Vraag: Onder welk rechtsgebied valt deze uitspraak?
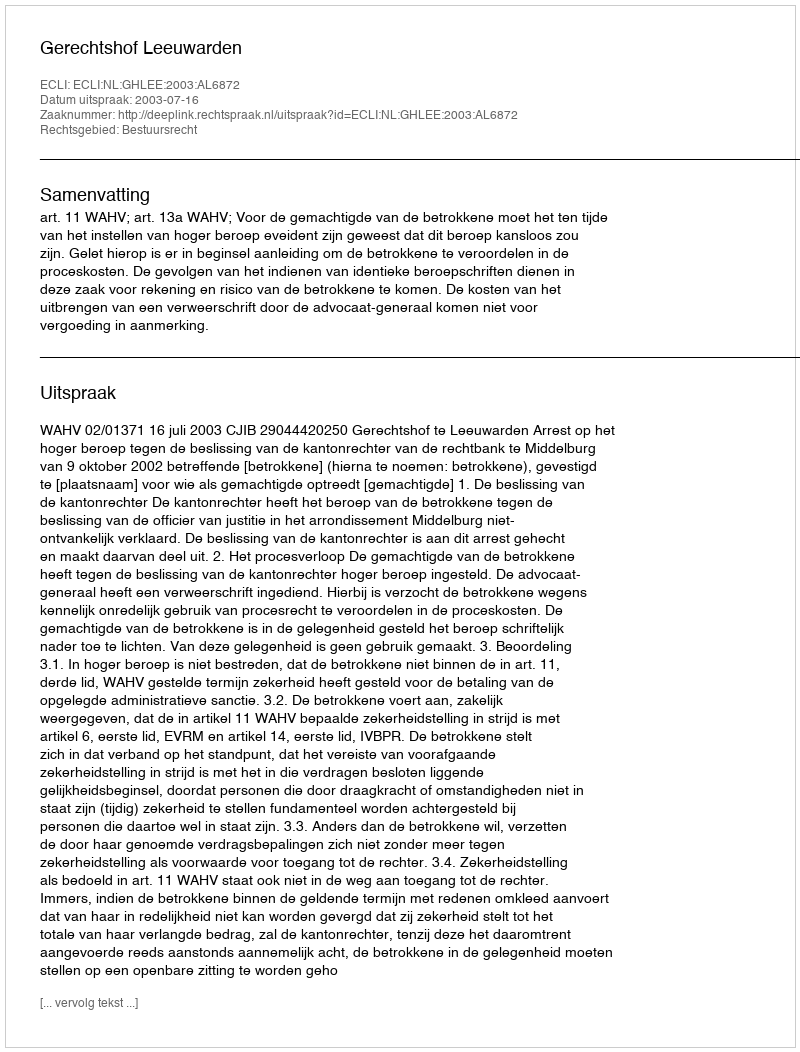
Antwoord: Bestuursrecht